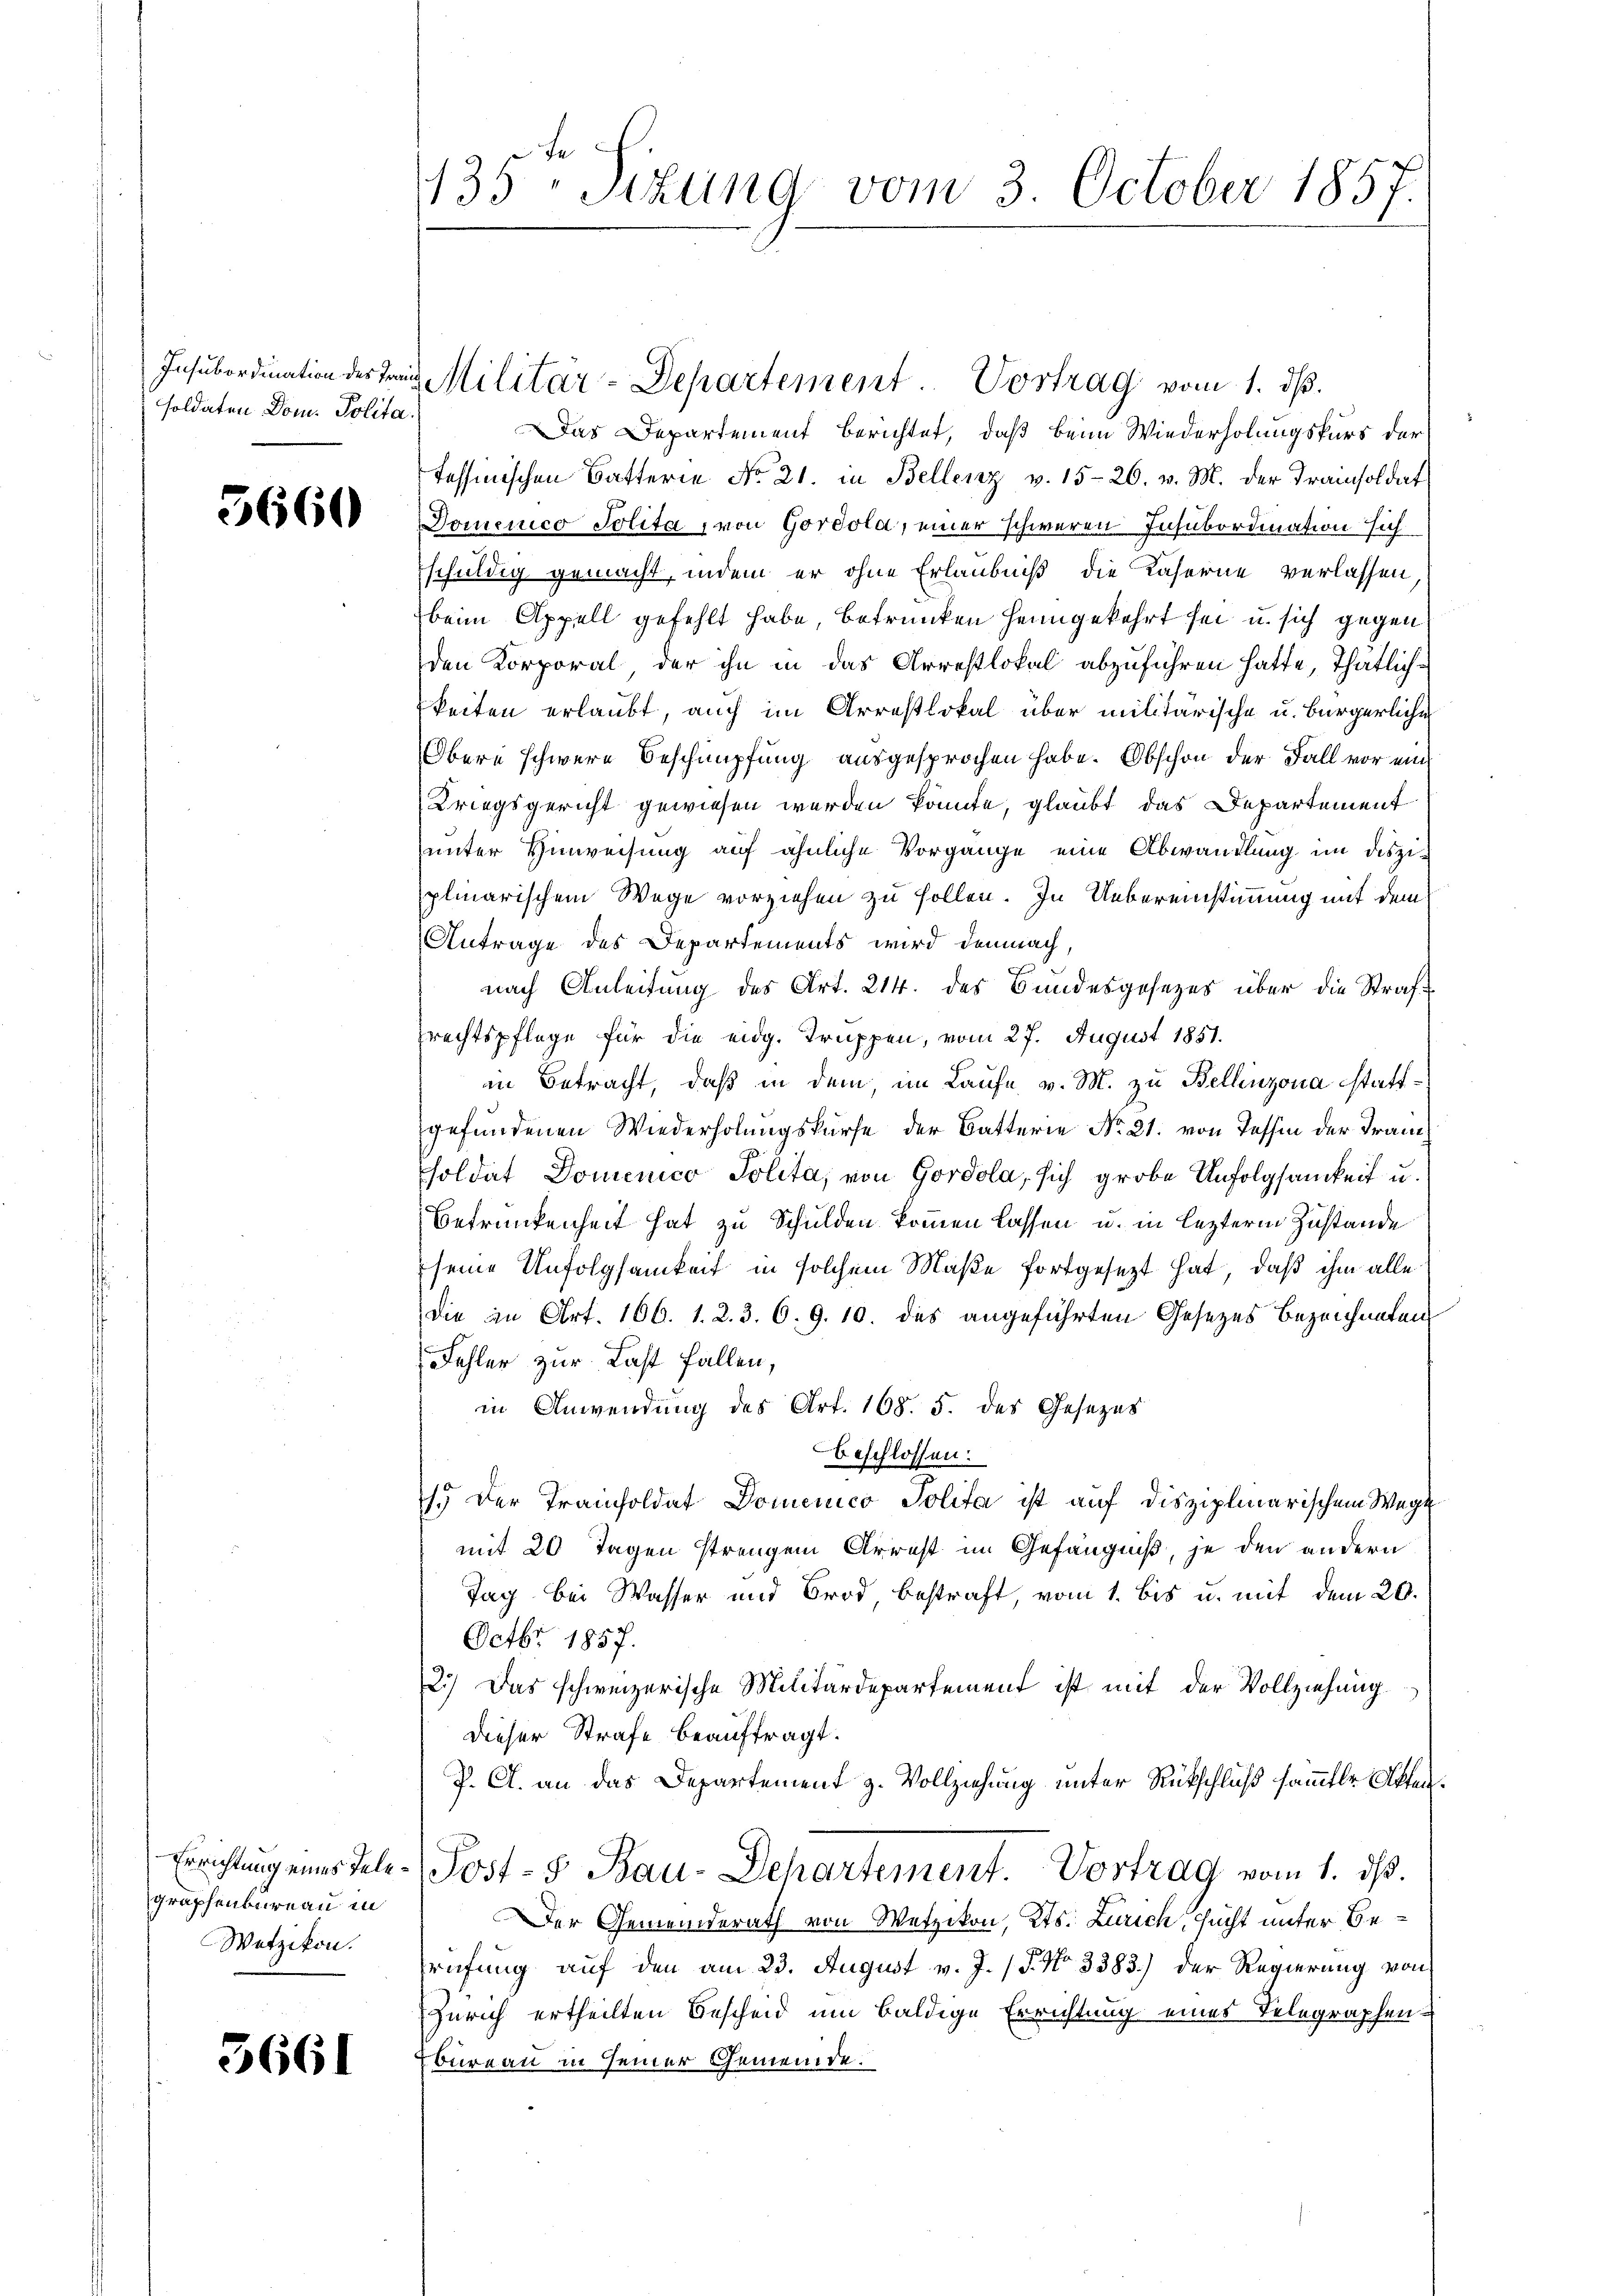
soldaten Dom. Polita.

5660

Errichtung eines Telegraphenbureau in
Wetzikon.

3661

135. Situng vom 3. October 1857.

Insubordination der Frau Militar-Departement. Vortrag vom 1. dβ.

Das Departement berichtet, daß beim Wiederholungskurs der
Tessinischen Batterie No 21. in Bellenz v. 15-26. v. M. der Tramisoldat
Domenico Polita, von Gordola, einer schweren Insubordination sich
schuldig gemacht, indem er ohne Erlaubniß die Kaserne verlassen,
beim Appell gefehlt habe, betrunken heimgekehrt sei u. sich gegen
den Korporal, der ihn in das Arrestlokal abzuführen hatte, Thätlichkeiten erlaubt, auch im Arrestlokal über militärische u. Bürgerliche
Obere schwere Beschimpfung ausgesprochen habe. Obschon der Fall vor ein
Kriegsgericht gewiesen werden könnte, glaubt das Departement
unter Hinweisung auf ähnliche Vorgänge eine Abwandlung im disziplinarischem Wege vorziehen zu sollen. In Uebereinstimmung mit dem
Antrage des Departements wird demnach,
nach Anleitung des Art. 214. des Bundesgesezes über die Strafrechtspflege für die eidg. Truppen, vom 27. August 1851.
in Betracht, daß in dem, im Laufe v. M. zu Bellinzona stattgefundenen Wiederholungskurse der Batterie No 21. von Tessin der Fransoldat Domenico Polita, von Gordola, sich grobe Unfolgsamkeit u.
Betrunkenheit hat zu Schulden kommen lassen u. in lezterm Zustande
seine Unfolgsamkeit in solchem Maße fortgesezt hat, daß ihm alle
die in Art. 166. 1. 2. 3. 6. 9. 10. des angeführten Gesezes Bezeichneten
Fehler zur Last fallen,
in Anwendung des Art. 168. 5. des Gesezes
beschlossen:
1. Der Trancholdat Domenico Polita ist auf disziplinarischem Wege
mit 20 Tagen strengen Arrest im Gefängniß, je den andern
Tag bei Wasser und Brod bestraft, vom 1. bis u. mit dem 20.
Octbr 1857.
2.) Das schweizerische Militärdepartement ist mit der Vollziehung
dieser Strafe beauftragt.
P. Cl. an das Departement z. Vollziehung unter Rückschluß sämmtler Akten¬
Post- & Bau-Departement. Vortrag vom 1. ds.
Der Gemeinderath von Wetzikon, Kts. Zürich, sucht unter Berufung auf den am 23. August v. J. (T. No 3383.) der Regierung von
Zürich ertheilten Bescheid um baldige Errichtung eines Telegraphen-
bureau in seiner Gemeinde.